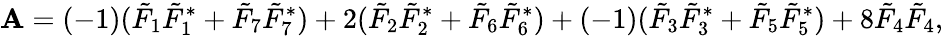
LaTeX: {\cal\mathbf{A}}=(-1)(\tilde{{F}}_{1}\tilde{{F}}_{1}^{*}+\tilde{{F}}_{7}\tilde{{F}}_{7}^{*})+2(\tilde{{F}}_{2}\tilde{{F}}_{2}^{*}+\tilde{{F}}_{6}\tilde{{F}}_{6}^{*})+(-1)(\tilde{{F}}_{3}\tilde{{F}}_{3}^{*}+\tilde{{F}}_{5}\tilde{{F}}_{5}^{*})+8\tilde{{F}}_{4}\tilde{{F}}_{4},